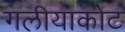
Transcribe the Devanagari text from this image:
गलीयाकोट